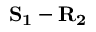
\mathbf { S _ { 1 } } - \mathbf { R _ { 2 } }